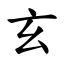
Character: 玄